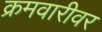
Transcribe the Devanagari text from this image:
क्रमवारीवर